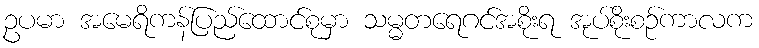
ဥပမာ အမေရိကန်ပြည်ထောင်စုမှာ သမ္မတရေဂင်အစိုးရ အုပ်စိုးစဉ်ကာလက